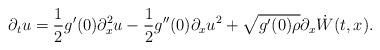
LaTeX: \begin{align*}\partial_t u = \frac{ 1 }{ 2 } g^\prime (0 ) \partial_x^2 u - \frac{ 1 }{2} g^{\prime \prime } (0 ) \partial_x u^2 + \sqrt{ g^\prime ( 0 ) \rho } \partial_x \dot{W} (t, x ) .\end{align*}